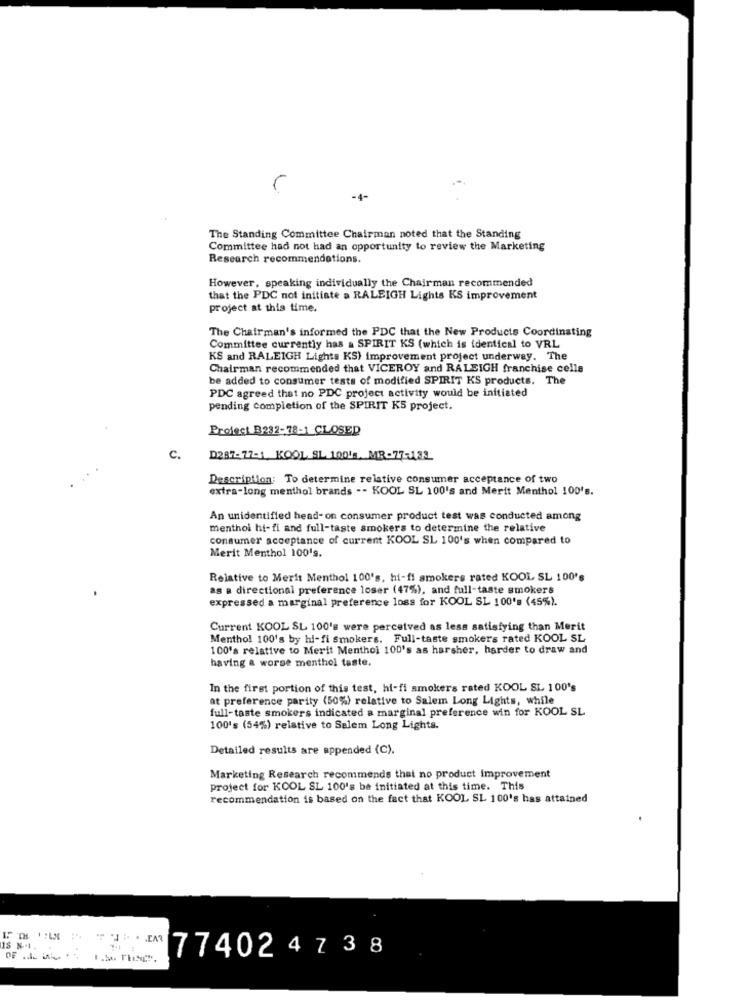
r
-4-
The Standing Committee Chairman noted that the Standing
Committee had not had an opportunity to review the Marketing
Research recommendations.
However, speaking individually the Chairman recommended
that the PDC not initiate a RALEIGH Lights KS improvement
project at this time.
The Chairman's informed the PDC that the New Products Coordinating
Committee currently has a SPIRIT KS (which is identical to VRL
KS and RALEIGH Lights KS) improvement project underway. The
Chairman recommended that VICEROY and RALEIGH franchise cells
be added to consumer tests of modified SPIRIT KS products. The
PDC agreed that no PDC project activity would be initiated
pending completion of the SPIRIT KS project.
Project B232-78-1 CLOSED
c.
D287-77-1.KOOL SL. 100's. MR-77-133
Description: To determine relative consumer acceptance of two
extra-long menthol brands -- KOOL SL 100's and Merit Menthol 100's.
An unidentified head-on consumer product test was conducted among
menthol hi-fi and full-taste smokers to determine the relative
consumer acceptance of current KOOL SL 100's when compared to
Merit Menthol 100's.
Relative to Merit Menthol 100's, hi-fi smokers rated KOOL SL 100's
as a directional preference loser (47%), and full-taste smokers
expressed a marginal preference loss for KOOL SL 100's (45%).
Current KOOL SL 100's were perceived as less satisfying than Merit
Menthol 100's by hi-fi smokers. Full-taste smokers rated KOOL SL
100's relative to Merit Menthol 100's as harsher, harder to draw and
having a worse menthol taste.
In the first portion of this test, hi-fi smokers rated KOOL SL 100's
at preference parity (50%) relative to Salem Long Lights, while
full-taste smokers indicated a marginal preference win for KOOL SL
100's (54%) relative to Salem Long Lights.
Detailed results are appended (C).
Marketing Research recommends that no product improvement
project for KOOL SL 100's be initiated at this time. This
recommendation is based on the fact that KOOL SL 100's has attained
18 N.1.
77402 4 738
OF .